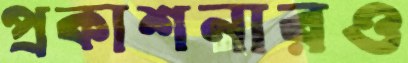
প্রকাশনারও